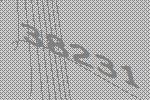
38231